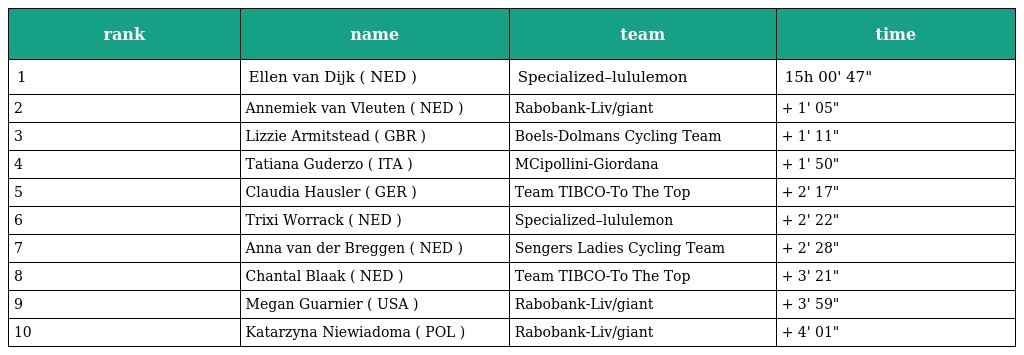
| rank | name | team | time |
 | --- | --- | --- | --- |
 | 1 | Ellen van Dijk ( NED ) | Specialized–lululemon | 15h 00' 47" |
 | 2 | Annemiek van Vleuten ( NED ) | Rabobank-Liv/giant | + 1' 05" |
 | 3 | Lizzie Armitstead ( GBR ) | Boels-Dolmans Cycling Team | + 1' 11" |
 | 4 | Tatiana Guderzo ( ITA ) | MCipollini-Giordana | + 1' 50" |
 | 5 | Claudia Hausler ( GER ) | Team TIBCO-To The Top | + 2' 17" |
 | 6 | Trixi Worrack ( NED ) | Specialized–lululemon | + 2' 22" |
 | 7 | Anna van der Breggen ( NED ) | Sengers Ladies Cycling Team | + 2' 28" |
 | 8 | Chantal Blaak ( NED ) | Team TIBCO-To The Top | + 3' 21" |
 | 9 | Megan Guarnier ( USA ) | Rabobank-Liv/giant | + 3' 59" |
 | 10 | Katarzyna Niewiadoma ( POL ) | Rabobank-Liv/giant | + 4' 01" |